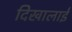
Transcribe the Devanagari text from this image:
दिखालाई